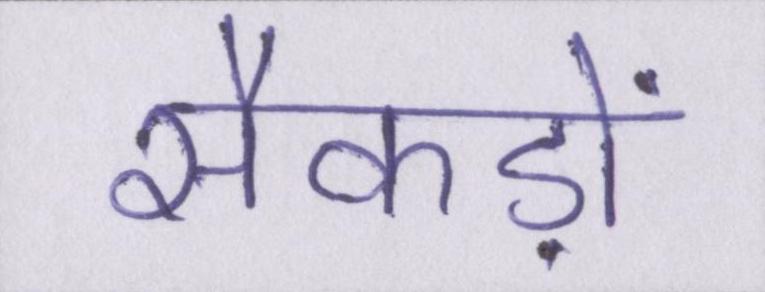
सैकड़ों